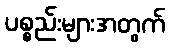
ပစ္စည်းများအတွက်